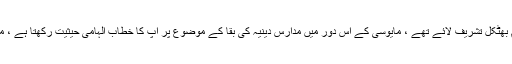
۱۹۷۶ء میں ایمرجنسی کے دور میں حضرت حکیم الاسلام بھٹکل تشریف لائے تھے ، مایوسی کے اس دور میں مدارس دینیہ کی بقا کے موضوع پر آپ کا خطاب الہامی حیثیت رکھتا ہے ، مدارس دینیہ سے وابستہ افراد کو اسے بار بار سننا چاہئے ۔